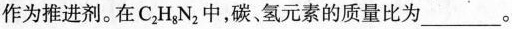
作为推进剂。在C_{2}H_{8}N_{2}中，碳、氢元素的质量比为___。